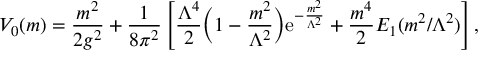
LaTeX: V _ { 0 } ( m ) = { \frac { m ^ { 2 } } { 2 g ^ { 2 } } } + { \frac { 1 } { 8 \pi ^ { 2 } } } \left[ { \frac { \Lambda ^ { 4 } } { 2 } } \Bigl ( 1 - { \frac { m ^ { 2 } } { \Lambda ^ { 2 } } } \Bigr ) { \mathrm { e } } ^ { - { \frac { m ^ { 2 } } { \Lambda ^ { 2 } } } } + { \frac { m ^ { 4 } } { 2 } } E _ { 1 } ( { m ^ { 2 } / \Lambda ^ { 2 } } ) \right] ,